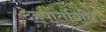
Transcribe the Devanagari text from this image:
देहपातविधि